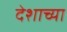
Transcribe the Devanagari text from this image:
देशाच्‍या